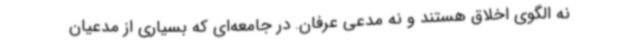
نه الگوی اخلاق هستند و نه مدعی عرفان. در جامعه‌ای که بسیاری از مدعیان